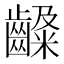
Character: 𪙙